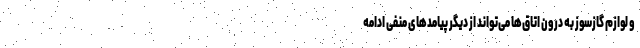
و لوازم گازسوز به درون اتاق‌ها می‌تواند از دیگر پیامدهای منفی ادامه